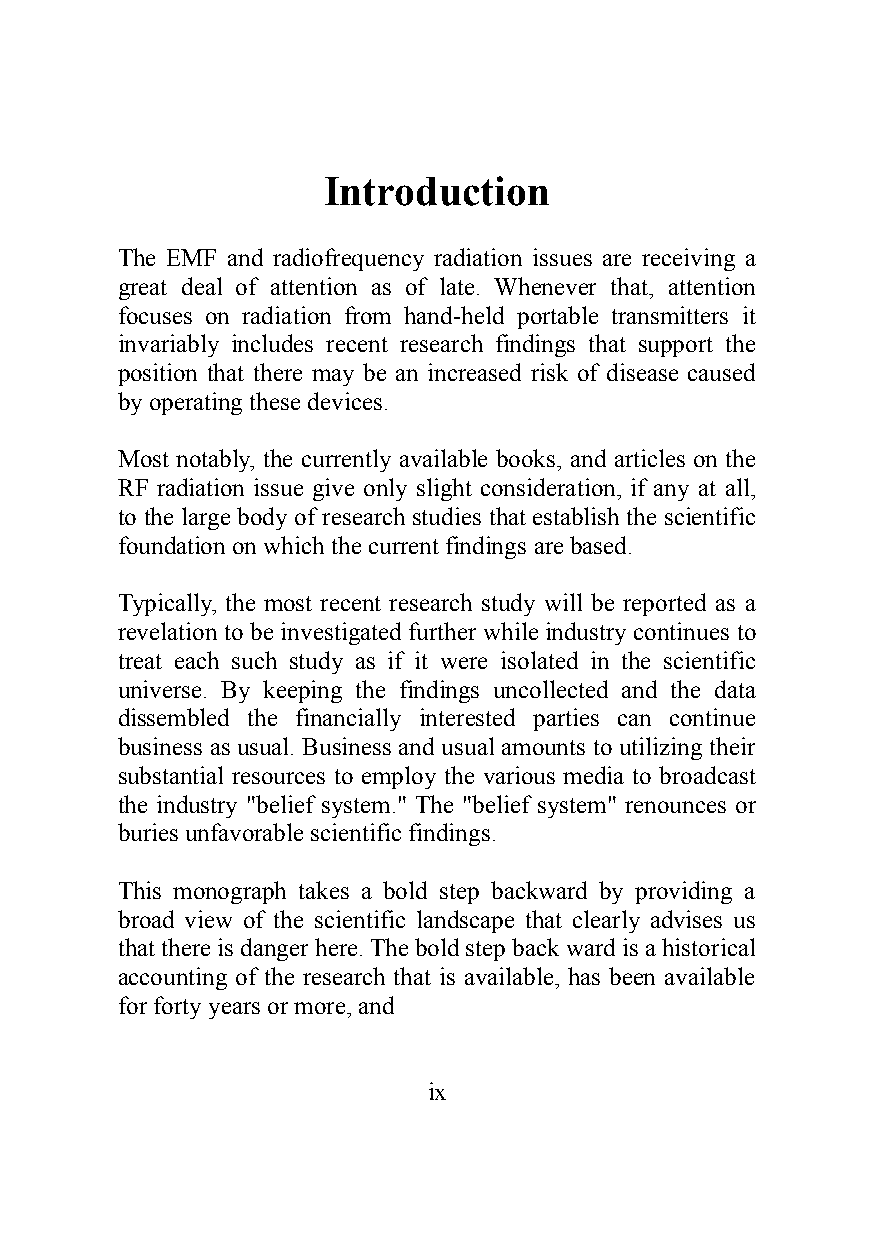
Introduction
 The EMF and radiofrequency radiation issues are receiving a
 great deal of attention as of late. Whenever that, attention
 focuses on radiation from hand-held portable transmitters it
 invariably includes recent research findings that support the
 position that there may be an increased risk of disease caused
 by operating these devices.
 Most notably, the currently available books, and articles on the
 RF radiation issue give only slight consideration, if any at all,
 to the large body of research studies that establish the scientific
 foundation on which the current findings are based.
 Typically, the most recent research study will be reported as a
 revelation to be investigated further while industry continues to
 treat each such study as if it were isolated in the scientific
 universe. By keeping the findings uncollected and the data
 dissembled the financially interested parties can continue
 business as usual. Business and usual amounts to utilizing their
 substantial resources to employ the various media to broadcast
 the industry "belief system." The "belief system" renounces or
 buries unfavorable scientific findings.
 This monograph takes a bold step backward by providing a
 broad view of the scientific landscape that clearly advises us
 that there is danger here. The bold step back ward is a historical
 accounting of the research that is available, has been available
 for forty years or more, and
 ix